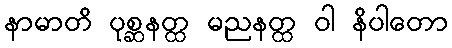
နာမာတိ ပုစ္ဆနတ္ထ မညနတ္ထ ဝါ နိပါတော